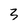
Character: 3